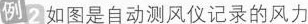
例2如图是自动测风仪记录的风力